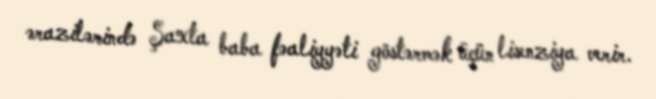
ərazilərində Şaxta baba fəaliyyəti göstərmək üçün lisenziya verir.